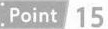
Point 15